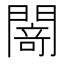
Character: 𨵎